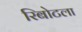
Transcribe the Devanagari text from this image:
रिबोटला